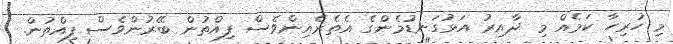
މި ހުރިހާ ކަމެއް މި ދާއިރު އަޅުގަނޑުމެންގެ އެތެރެއިންވެސް ފިއްތުން ބޭރުންވެސް ފިއްތުން.